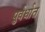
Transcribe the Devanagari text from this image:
पुर्वर्धात